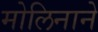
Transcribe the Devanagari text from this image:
मोलिनाने